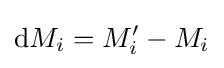
\mathrm {d} M_{i}=M_{i}^{\prime }-M_{i}